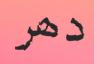
دھر